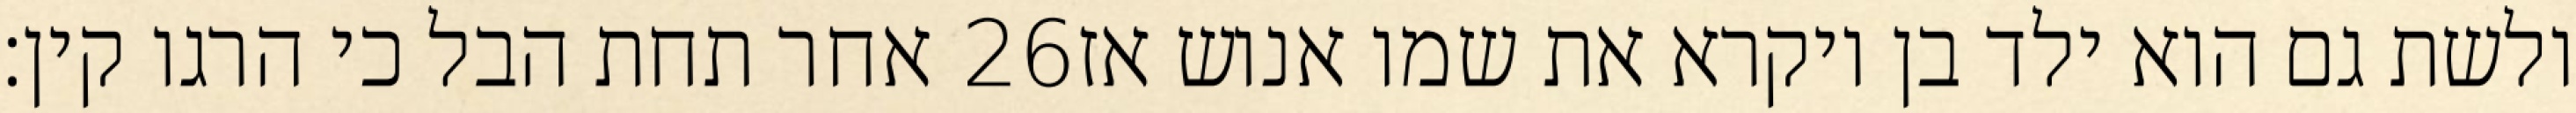
אחר תחת הבל כי הרגו קין׃ ‎26‏ ולשת גם הוא ילד בן ויקרא את שמו אנוש אז